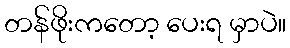
တန်ဖိုးကတော့ ပေးရ မှာပဲ။